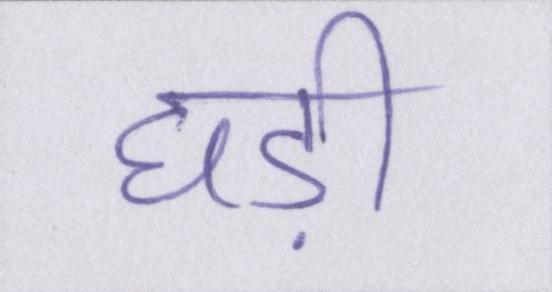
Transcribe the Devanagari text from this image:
घड़ी